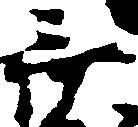
無